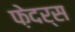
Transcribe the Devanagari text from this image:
फ़ेदर्स